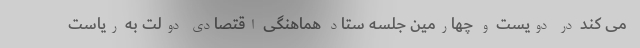
می کند در دویست و چهارمین جلسه ستاد هماهنگی اقتصادی دولت به ریاست